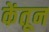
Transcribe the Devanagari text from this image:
केंतून